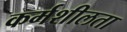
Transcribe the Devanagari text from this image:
कर्मशीलता